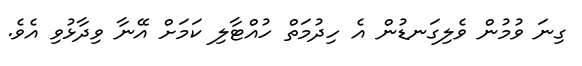
ގިނަ ވުމުން ވެލިގަނޑުން އެ ހިދުމަތް ހުއްޓާލި ކަމަށް އޭނާ ވިދާޅުވި އެވެ.